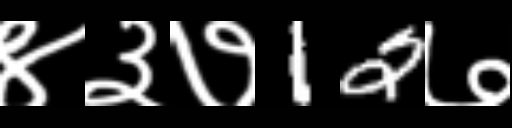
Text: ४३७12७